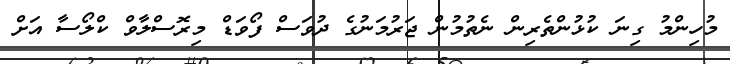
މުހިންމު ގިނަ ކުޅުންތެރިން ނެތުމުން ޖަރުމަނުގެ ދުވަސް ފޯވަޑް މިރޮސްލާވް ކްލޯސާ އަށް